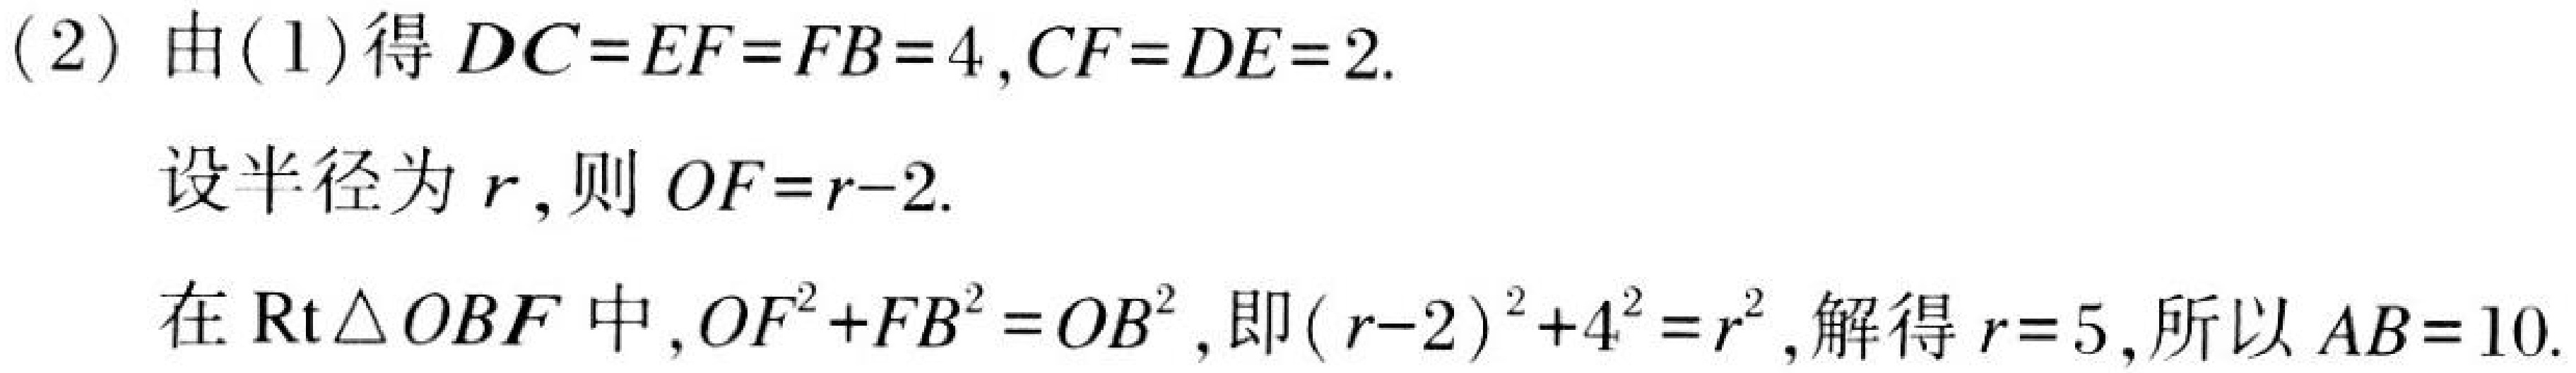
(2) 由(1)得 \(DC = EF = FB = 4\), \(CF = DE = 2\).
设半径为 \(r\),则 \(OF=r - 2\).
在 \(\mathrm{Rt}\triangle OBF\) 中,\(OF^{2}+FB^{2}=OB^{2}\),即\((r - 2)^{2}+4^{2}=r^{2}\),解得 \(r = 5\),所以 \(AB = 10\).